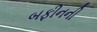
બફીનની